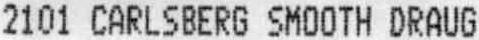
2101 CARLSBERG SMOOTH DRAUG